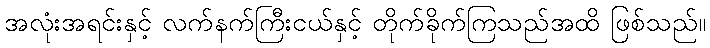
အလုံးအရင်းနှင့် လက်နက်ကြီးငယ်နှင့် တိုက်ခိုက်ကြသည်အထိ ဖြစ်သည်။